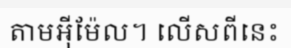
តាមអ៊ីម៉ែល។ លើសពីនេះ